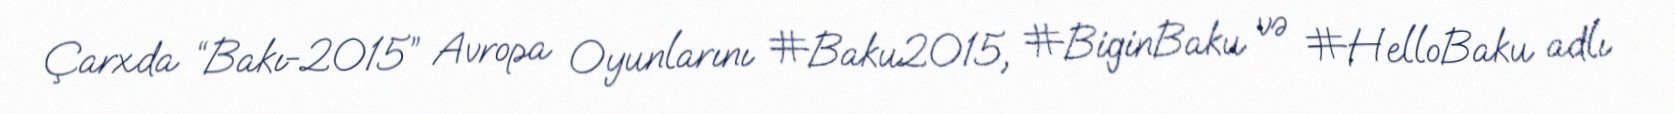
Çarxda “Bakı-2015” Avropa Oyunlarını #Baku2015, #BiginBaku və #HelloBaku adlı